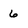
Character: 6